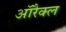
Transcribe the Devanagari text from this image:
ऑरैक्ल